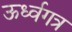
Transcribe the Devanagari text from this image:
ऊर्ध्वगत्र